Annual vaccination report of Bihar and Orissa - 1911-1928
Year: 1911
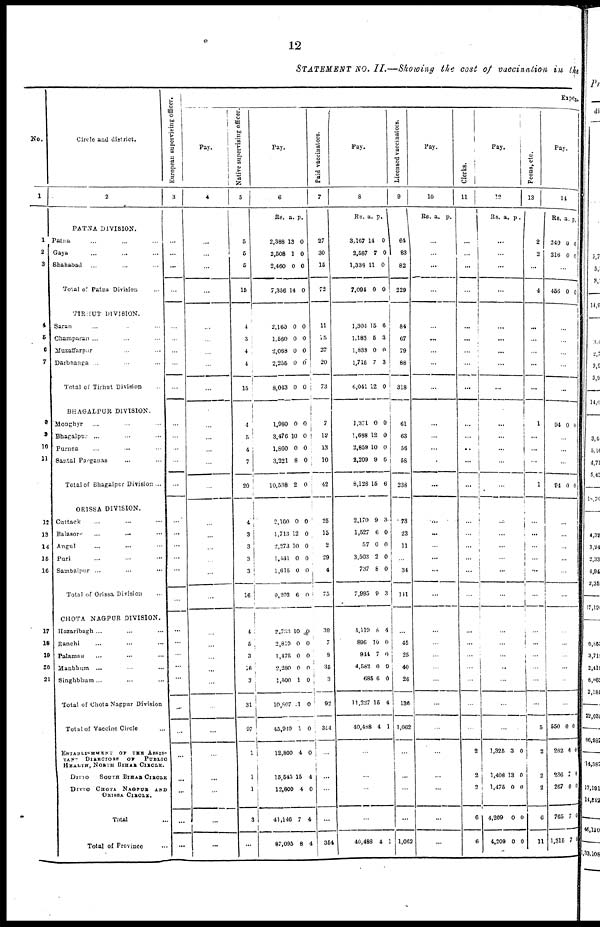
12
STATEMENT NO. II.—Showing the cost of vaccination in the
No.
1
1
2
3
4
5
6
7
8
9
10
11
12
13
14
15
16
17
18
19
20
21
Circle and district.
2
PATNA DIVISION.
Patna ... ... ...
Gaya ... ... ...
Shahabad ... ... ...
Total of Patna Division ...
TIRHUT DIVISION.
Saran ... ... ...
Champaran ... ... ...
Muzaffarpur ... ... ...
Darbhanga ... ... ...
Total of Tirhut Division ...
BUAGALPUR DIVISION.
Monghyr ... ... ...
Bhagalpur ... ... ...
Purnea ... ... ...
Santal Parganas ... ... ...
Total of Bhagalpur Division ...
ORISSA DIVISION.
Cuttack ... ... ...
Balasore ... ... ...
Angul ... ... ...
Puri ... ... ...
Sambalpur ... ... ...
Total of Orissa Division ...
CHOTA NAGPUR DIVISION.
Hazaribagh ... ... ...
Ranchi ... ... ...
Palamnu ... ... ...
Manbhum ... ... ...
Singhbhum ... ... ...
Total of Chota Nagpur Division
Total of Vaccine Circle ...
ESTABLISHMENT OF THE ASSIS-
TANS
DIRECTORS
OF
PUBLIC
HEALTS, NORTH BIHAR CIRCLE.
DITTO
SOUTH BIHAR CIRCLE
DITTO CHOTA NAGPUR AND
ORISSA CIRCLE.
Total ...
Total of Province ...
European suporvising officer.
3
...
...
...
...
...
...
...
...
...
...
...
...
...
...
...
...
...
...
...
...
...
...
...
...
...
...
...
...
...
...
...
...
Expen
Pay.
4
...
...
...
...
...
...
...
...
...
...
...
...
...
...
...
...
...
...
...
...
...
...
...
...
...
...
...
...
...
...
...
...
Native supervising officer
5
5
5
5
15
4
3
4
4
15
4
5
4
7
20
4
3
3
3
3
16
4
5
3
16
3
31
97
1
1
1
3
...
Pay.
6
RS. a. p.
2,388
2,508
2,460
7,356
13
1
0
14
0
0
0
0
2,160
1,560
2,068
2,255
8,043
0
0
0
0
0
0
0
0
0
0
1,980
3,476
1,860
3,321
10,538
0
10
0
8
2
0
0
0
0
0
2,160
1,713
2,273
1,441
1,615
9,203
0
12
10
0
0
6
0
0
0
0
0
0
2,763
2,819
1,475
2,280
1,500
10,807
45,949
12,800
15,545
12,800
41,146
87,095
10
0
0
0
1
1
1
4
15
4
7
8
0
0
0
0
0
0
0
0
4
0
4
4
Paid vaccinators.
7
27
30
15
72
11
15
27
20
73
7
12
13
10
42
25
15
2
29
4
75
39
7
8
35
3
92
354
...
...
...
...
354
Pay.
8
Rs. a. p.
3,167
2,587
1,338
7,094
14
7
11
0
0
0
0
0
1,304
1,183
1,638
1,715
6,041
15
5
0
7
12
6
3
0
3
0
1,371
1,688
2,859
2,200
8,128
0
12
10
9
15
0
0
0
6
6
2,170
1,527
57
3,503
737
7,995
9
6
0
2
8
9
3
0
0
0
0
3
4,119
896
944
4,562
685
11,227
40,488
8
10
7
0
6
15
4
4
0
0
0
0
4
1
...
...
...
...
40,488 4 1
Licensed vaccinators.
9
64
83
82
229
84
67
79
88
318
61
63
56
58
238
73
23
11
...
34
111
...
45
25
40
26
136
1,062
...
...
...
...
1,062
Pay.
10
Rs. a. p.
...
...
...
...
...
...
...
...
...
...
...
...
...
...
...
...
...
...
...
...
...
...
...
...
...
...
...
...
...
...
...
...
Clerks.
11
...
...
...
...
...
...
...
...
...
...
...
...
...
...
...
...
...
...
...
...
...
...
...
...
...
...
...
2
2
2
6
6
Pay.
12
Rs. a. p.
...
...
...
...
...
...
...
...
...
...
...
...
...
...
...
...
...
...
...
...
...
...
1
...
...
...
1,325
1,408
1,475
4,209
4,209
3
13
0
0
0
0
0
0
0
0
Peons, etc.
13
I
2
2
...
4
...
...
...
...
...
1
...
...
...
1
...
...
...
...
...
...
...
...
...
...
...
...
5
2
2
2
0
11
Pay.
14
Rs. a. p.
240
216
0
0
0
0
...
456 0 0
...
...
...
...
...
94 0 0
...
...
...
94 0 0
...
...
...
...
...
...
...
...
...
...
...
...
550
262
236
267
765
1,315
0
0
7
0
7
7
0
0
0
0
0
0